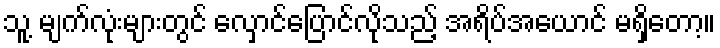
သူ့ မျက်လုံးများတွင် လှောင်ပြောင်လိုသည့် အရိပ်အယောင် မရှိတော့။